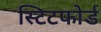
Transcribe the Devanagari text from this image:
स्टिटफोर्ड